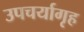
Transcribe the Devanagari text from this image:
उपचर्यागृह